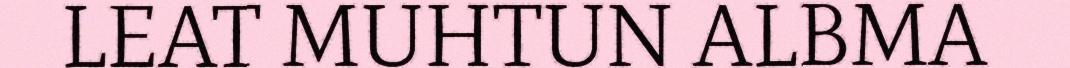
LEAT MUHTUN ALBMA